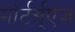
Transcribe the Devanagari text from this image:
माॅर्टर्स्एज़